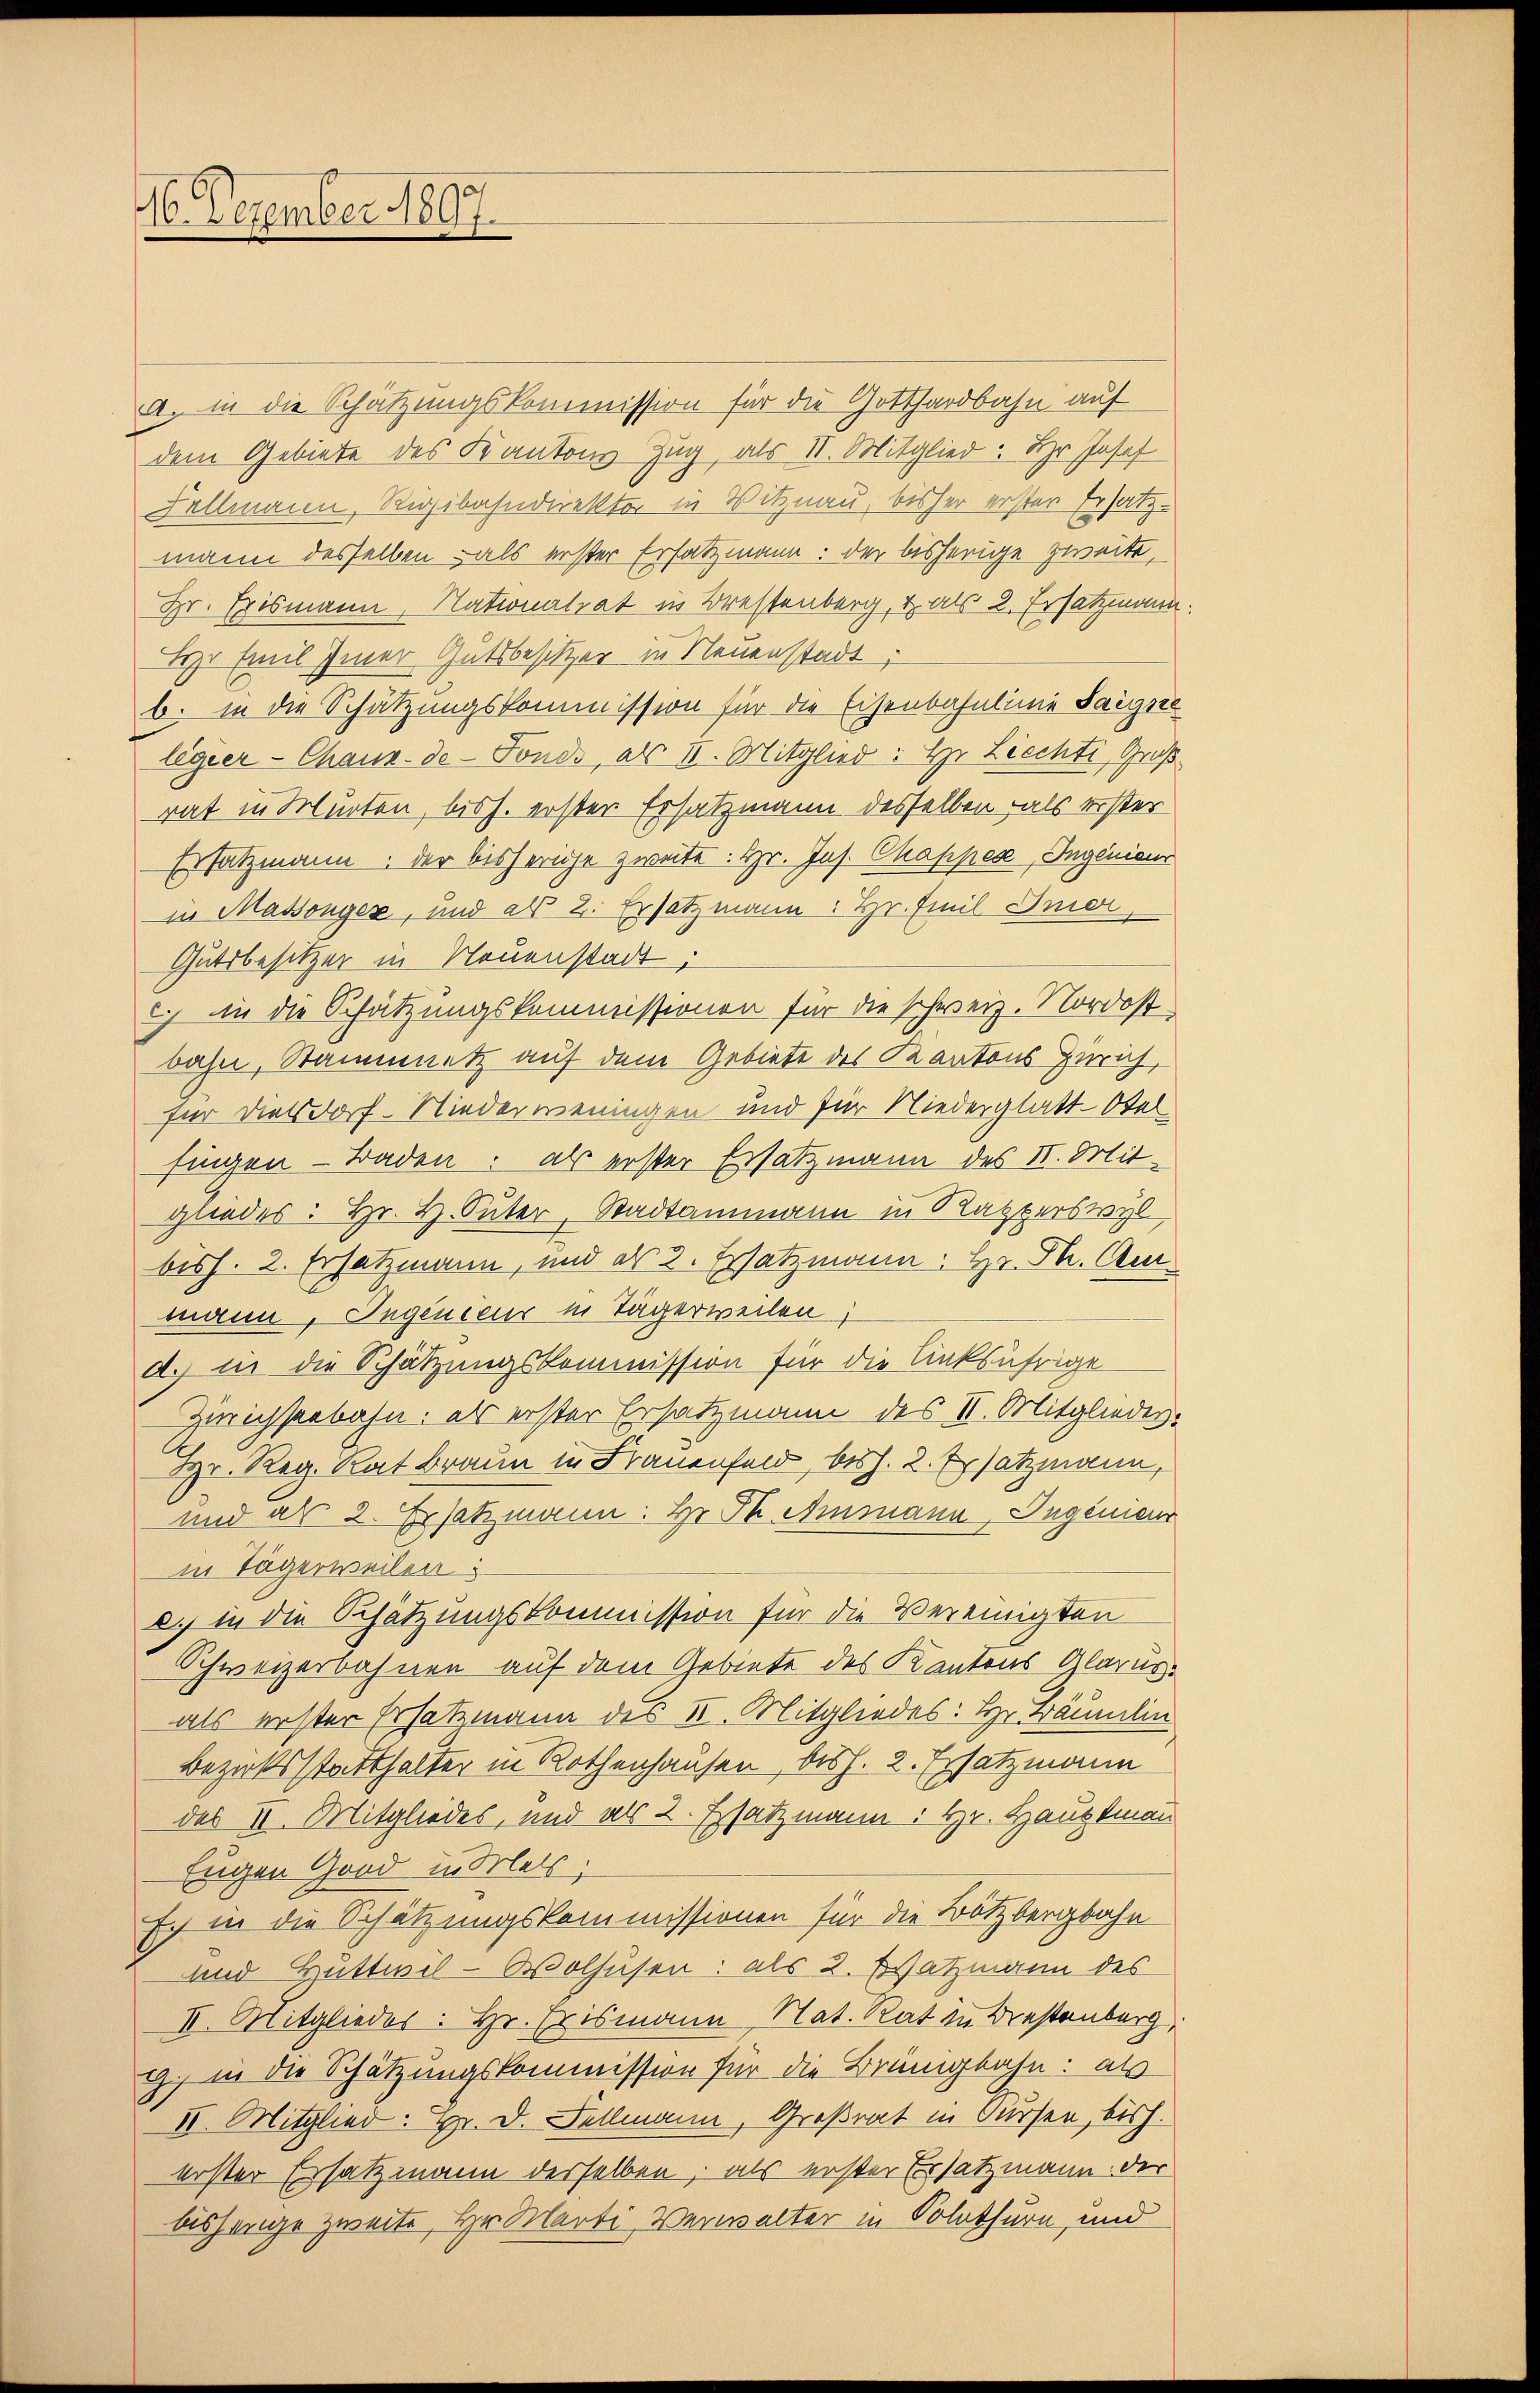
16. Dezember 1897.

a. in die Schätzungskommission für die Gotthardbahn auf
dem Gebiete des Kantons Zug, als II. Mitglied. Hr. Josef
Fellmann, Rigibahndirekter in Vitznau, bisher erster Ersatzmann desselben als erster Ersatzmann: der bisherige zweite,
Hr. Erismann, Nationalrat in Brestenberg, & als 2. Ersatzmann.
Ihr Emil Einer Gutsbesitzer in Neuenstadt;
b. in die Schätzungskommission für die Eisenbahnlinie Saigste
legier-Chaux-de-Fonds, als III. Mitglied: Hr. Liechti, Groß
rat in Murten, bish. erster Ersatzmann desselben als erster
Ersatzmann, der bisherige zweite: Hr. Jos. Chapper, Ingenieur
in Massenger, und als 2. Ersatzmann: Hr. Emil Imor,
Gutsbesitzer in Neuenstadt;
ich an die Schätzungskommissionen für die schweiz. Nordost
bahn, Staumetz auf dem Gebiete des Kantons Zürich,
für diesdorf-Niederweningen und für Niederglatt-Otelfingen - Baden: als erster Ersatzmann des II. Mitgliedes: Hr. H. Suter, Stadtammann in Rapperswyl,
bisch. 2. Ersatzmann, und als 2. Ersatzmann: Hr. Ph. Am
mann, Ingenieur in Tägerweilen;
d. in die Schätzungskommission für die linksufrige
Zürichseebahn, als erster Ersatzmann des II. Mitgliedes.
Hr. Reg. Rat Braun in Frauenfeld, bish. 2. Ersatzmann,
und als 2. Ersatzmann: Hr. Dr Ammann, Ingenieur
in Tägerweilen:
d. in die Schätzungskommission für die Vereinigten
Schweizerbahnen auf dem Gebiete des Kantons Glarus.
als erster Ersatzmann des II. Mitgliedes: Hr. Bäumlin
Bezirksstatthalter in Rothenhausen, bish. 2. Ersatzmann
des II. Mitgliedes, und als 2. Ersatzmann: Hr. Hauptmann
Eugen Grad in Mels;
Er in die Schätzungskommissionen für die Bötzbergbahn
und Mittwil-Wolhusen: als 2. Watzmann des
II. Mitglieder: Hr. Erismann Nat. Rat in Drestenberg,
G. in die Schätzungskommission für die Brünigbahn: als
II. Mitglied: Hr. D. Kellmann, Großrat in Kursen, bish
erster Ersatzmann derselben, als erster Ersatzmann der
bishenge zweite Hr. Marti, Verwalter in Solothurn, und